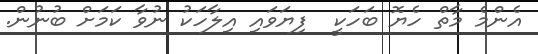
އެންމެ މާތް ހެޔޮ ބަހަކީ  ފިޔަވައި އިލާހަކު ނުވާ ކަމަށް ބުނުން.